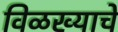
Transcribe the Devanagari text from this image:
विळख्याचे